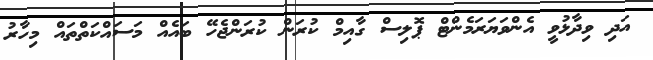
އަދި ވިދާޅުވީ އެންވަޔަރަމެންޓް ޕޮލިސް ގާއިމް ކުރަން ކުރަންޖެހޭ ބައެއް މަސައްކަތްތައް މިހާރު